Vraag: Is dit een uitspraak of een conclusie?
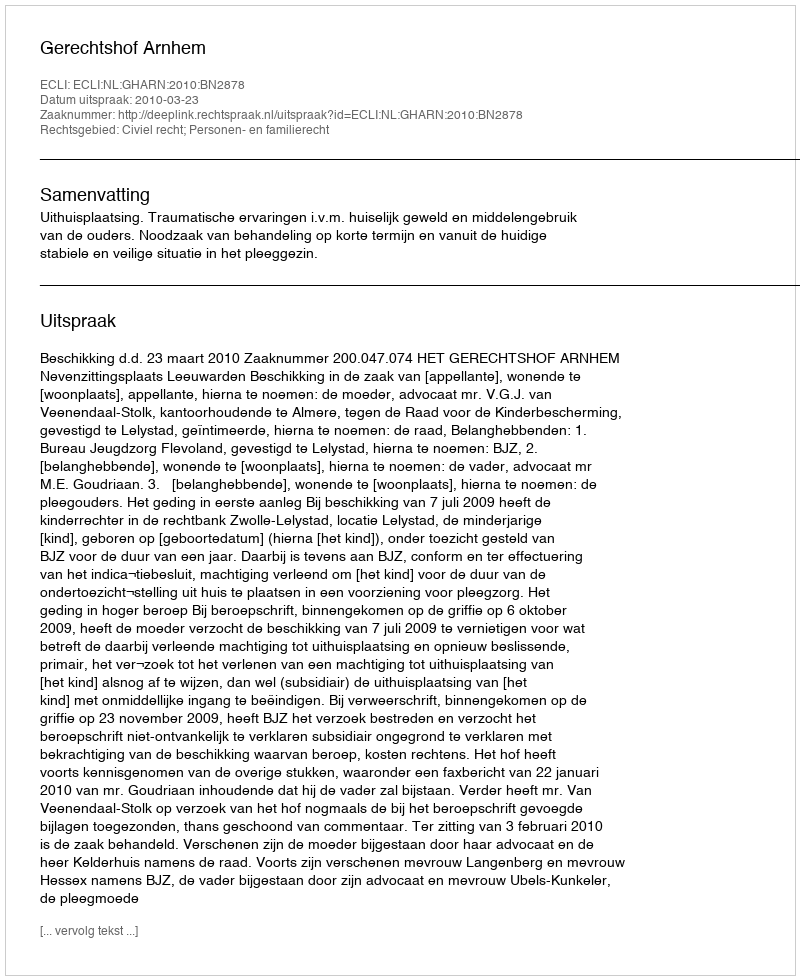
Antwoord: Uitspraak